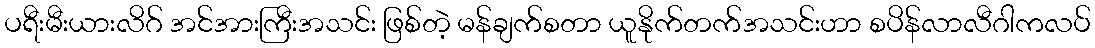
ပရီးမီးယားလိဂ် အင်အားကြီးအသင်း ဖြစ်တဲ့ မန်ချက်စတာ ယူနိုက်တက်အသင်းဟာ စပိန်လာလီဂါကလပ်